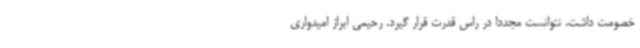
خصومت داشت، نتوانست مجددا در راس قدرت قرار گیرد. رحیمی ابراز امیدواری